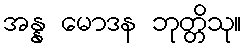
အန္န မောဒန ဘုတ္တိသု။